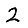
Digit: 2